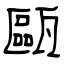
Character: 甌